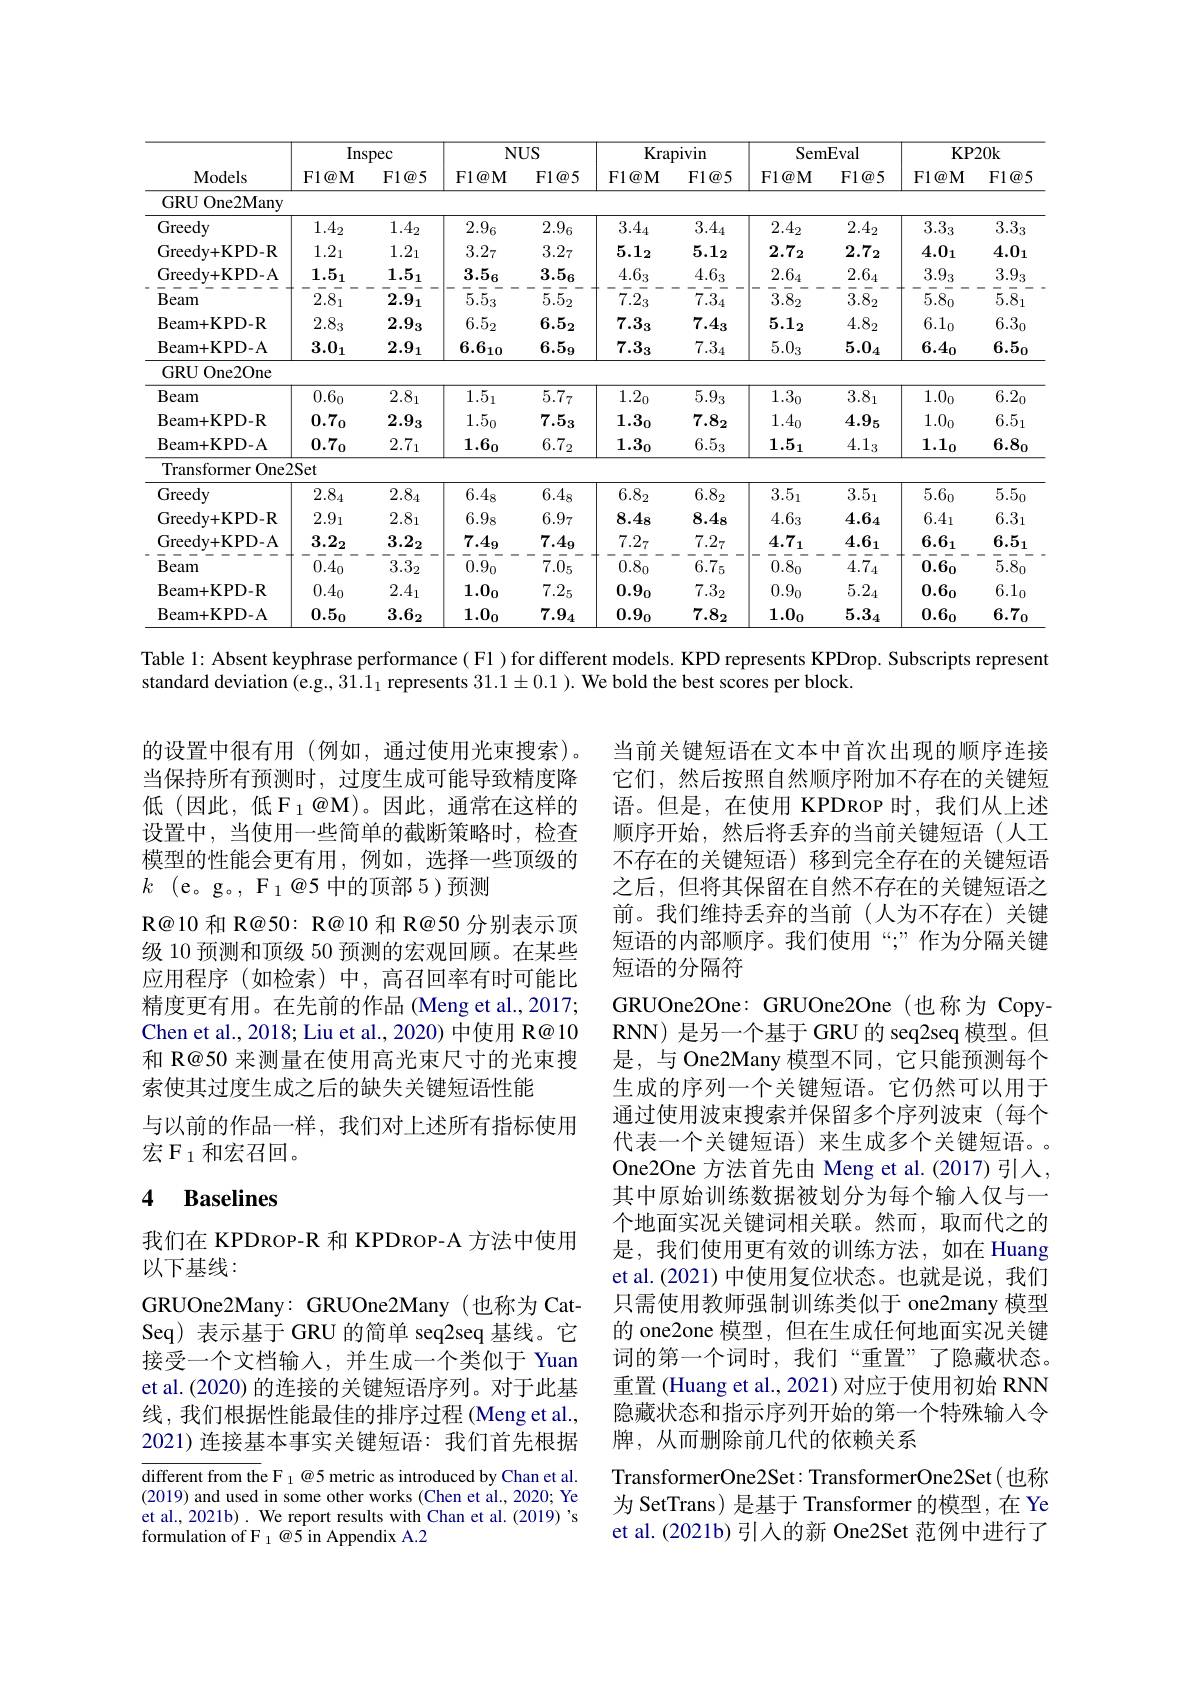
<table>
	<tbody>
		<tr>
			<th rowspan="2">Models</th>
			<th colspan="2">Inspec</th>
			<th colspan="2">$NUS$</th>
			<th colspan="2">Krapivin</th>
			<th colspan="2">SemEval</th>
			<th colspan="2">KP20k</th>
		</tr>
		<tr>
			<th>$\mathbf{F} 1\textcircled {a}\mathbf{M}$</th>
			<th>$F1@5$</th>
			<th>F1@ M</th>
			<th>$F1@5$</th>
			<th>${\mathrm{F1@M}}$</th>
			<th>$F1@5$</th>
			<th>F1@ M</th>
			<th>$F1@5$</th>
			<th>F1@ M</th>
			<th>$F1@5$</th>
		</tr>
		<tr>
			<td>GRU One2Many</td>
			<td> </td>
			<td> </td>
			<td> </td>
			<td> </td>
			<td> </td>
			<td> </td>
			<td> </td>
			<td> </td>
			<td> </td>
			<td> </td>
		</tr>
		<tr>
			<td>Greedy</td>
			<td>$1.4_2$</td>
			<td>$1.4_2$</td>
			<td>$2.9_6$</td>
			<td>$2.9_6$</td>
			<td>$3.4_4$</td>
			<td>$3.4_4$</td>
			<td>$2.4_2$</td>
			<td>$2.4_2$</td>
			<td>$3.3_3$</td>
			<td>$3.3_3$</td>
		</tr>
		<tr>
			<td>Greedv+ KPD- R</td>
			<td>$1.2_1$</td>
			<td>$1.2_1$</td>
			<td>$3.2_7$</td>
			<td>$3.2_7$</td>
			<td>$5.1_2$</td>
			<td>$5.1_2$</td>
			<td>$2.7_2$</td>
			<td>$2.7_2$</td>
			<td>$4.0_1$</td>
			<td>$4.0_1$</td>
		</tr>
		<tr>
			<td>Greedy+ KPD- A</td>
			<td>$1.5_1$</td>
			<td>$1.5_1$</td>
			<td>$3.5_6$</td>
			<td>$3.5_6$</td>
			<td>$4.6_3$</td>
			<td>$4.6_3$</td>
			<td>$2.6_4$</td>
			<td>$2.6_4$</td>
			<td>$3.9_3$</td>
			<td>$3.9_3$</td>
		</tr>
		<tr>
			<td>Beam</td>
			<td>$2.8_1$</td>
			<td>2.9 1</td>
			<td>$\overline{5}.\overline{5}_{3}$</td>
			<td>$5.5_2$</td>
			<td>$7.2_3$</td>
			<td>$7.3_4$</td>
			<td>$3.8_2$</td>
			<td>$3.8_2$</td>
			<td>$5.8_0$</td>
			<td>$5.8_1$</td>
		</tr>
		<tr>
			<td>Beam+ KPD- R</td>
			<td>$2.8_3$</td>
			<td>$2.9_3$</td>
			<td>$6.5_2$</td>
			<td>$6.5_2$</td>
			<td>$7.3_3$</td>
			<td>$7.4_3$</td>
			<td>$5.1_2$</td>
			<td>$4.8_2$</td>
			<td>$6.1_0$</td>
			<td>$6.3_0$</td>
		</tr>
		<tr>
			<td>Beam+ KPD- A</td>
			<td>$3.0_1$</td>
			<td>2.9 1</td>
			<td>$6.6_{10}$</td>
			<td>$6.5_9$</td>
			<td>$7.3_3$</td>
			<td>$7.3_4$</td>
			<td>$5.0_3$</td>
			<td>$5.0_4$</td>
			<td>$6.4_0$</td>
			<td>$6.5_0$</td>
		</tr>
		<tr>
			<td>GRU One2One</td>
			<td> </td>
			<td> </td>
			<td> </td>
			<td> </td>
			<td> </td>
			<td> </td>
			<td> </td>
			<td> </td>
			<td> </td>
			<td> </td>
		</tr>
		<tr>
			<td>Beam</td>
			<td>$0.6_0$</td>
			<td>$2.8_1$</td>
			<td>$1.5_1$</td>
			<td>$5.7_7$</td>
			<td>$\overline{1.2_0}$</td>
			<td>$5.9_3$</td>
			<td>$1.3_0$</td>
			<td>$3.8_1$</td>
			<td>$1.0_0$</td>
			<td>$\overline{6.2_0}$</td>
		</tr>
		<tr>
			<td>Beam+ KPD- R</td>
			<td>$0.7_0$</td>
			<td>$2.9_3$</td>
			<td>$1.5_0$</td>
			<td>$7.5_3$</td>
			<td>$1.3_0$</td>
			<td>$7.8_2$</td>
			<td>$1.4_0$</td>
			<td>$4.9_5$</td>
			<td>$1.0_0$</td>
			<td>$6.5_1$</td>
		</tr>
		<tr>
			<td>Beam+ KPD- A</td>
			<td>$0.7_0$</td>
			<td>$2.7_1$</td>
			<td>$1.6_0$</td>
			<td>$6.7_2$</td>
			<td>$1.3_0$</td>
			<td>$6.5_3$</td>
			<td>$1.5_1$</td>
			<td>$4.1_3$</td>
			<td>$1.1_0$</td>
			<td>$6.8_0$</td>
		</tr>
		<tr>
			<td>Transformer $One_{2}$</td>
			<td>$2Set$</td>
			<td> </td>
			<td> </td>
			<td> </td>
			<td> </td>
			<td> </td>
			<td> </td>
			<td> </td>
			<td> </td>
			<td> </td>
		</tr>
		<tr>
			<td>Greedy</td>
			<td>$2.8_4$</td>
			<td>$2.8_4$</td>
			<td>$6.4_8$</td>
			<td>$6.4_8$</td>
			<td>$6.8_{2}$</td>
			<td>$6.8_2$</td>
			<td>$3.5_1$</td>
			<td>$3.5_1$</td>
			<td>$5.6_0$</td>
			<td>$5.5_0$</td>
		</tr>
		<tr>
			<td>Greedv+ KPD- R</td>
			<td>$2.9_1$</td>
			<td>$2.8_1$</td>
			<td>$6.9_8$</td>
			<td>$6.9_7$</td>
			<td>$8.4_8$</td>
			<td>$8.4_8$</td>
			<td>4.63</td>
			<td>$4.6_4$</td>
			<td>$6.4_1$</td>
			<td>$6.3_1$</td>
		</tr>
		<tr>
			<td>Greedy+ KPD- A</td>
			<td>$3.2_2$</td>
			<td>$3.2_2$</td>
			<td>$7.4_9$</td>
			<td>$7.4_9$</td>
			<td>$7.2_7$</td>
			<td>$7.2_7$</td>
			<td>$4.7_1$ 1</td>
			<td>$4.6_1$</td>
			<td>$6.6_1$</td>
			<td>$6.5_1$</td>
		</tr>
		<tr>
			<td>Beam</td>
			<td>$0.4_0$</td>
			<td>$3.3_2$</td>
			<td>$0.9_0$</td>
			<td>7.05</td>
			<td>$0.8_0$</td>
			<td>6.75</td>
			<td>$0.8_0$</td>
			<td>$\overline{4}.\overline{7}_{4}$</td>
			<td>$0.6_0$</td>
			<td>$5.8_0$</td>
		</tr>
		<tr>
			<td>Beam+ KPD- R</td>
			<td>$0.4_0$</td>
			<td>$2.4_1$</td>
			<td>$1.0_0$</td>
			<td>$7.2_5$</td>
			<td>$0.9_0$</td>
			<td>$7.3_2$</td>
			<td>$0.9_0$</td>
			<td>$5.2_4$</td>
			<td>$0.6_0$</td>
			<td>$6.1_0$</td>
		</tr>
		<tr>
			<td>Beam+ KPD- A</td>
			<td>$0.5_0$</td>
			<td>$3.6_2$</td>
			<td>$1.0_0$</td>
			<td>$7.9_4$</td>
			<td>$0.9_0$</td>
			<td>$7.8_2$</td>
			<td>$1.0_0$</td>
			<td>$5.3_4$</td>
			<td>$0.6_0$</td>
			<td>$6.7_0$</td>
		</tr>
	</tbody>
</table>

Table 1: Absent keyphrase performance( Fl ) for different models. KPD represents KPDrop. Subscripts represent

standard deviation (e.g., 31.1$_1$ represents $31.1\pm0.1$ ). We bold the best scores per block.

的设置中很有用(例如，通过使用光束搜索)。当保持所有预测时，过度生成可能导致精度降低(因此，低F_1@M)。因此，通常在这样的设置中，当使用一些简单的截断策略时，检查模型的性能会更有用，例如，选择一些顶级的$k$ (e。g。, F$_1\textit{@ 5中 的 顶 部 5) 预 测 }$
R@10 和 R@50: R@10 和 R@50 分别表示顶级 10 预测和顶级 50 预测的宏观回顾。在某些应用程序 (如检索)中，高召回率有时可能比精度更有用。在先前的作品 (Meng et al.,2017; Chen et al., 2018; Liu et al., 2020) 中使用 R@ 10和 R@50 来测量在使用高光束尺寸的光束搜索使其过度生成之后的缺失关键短语性能
与以前的作品一样，我们对上述所有指标使用
宏 F $_1$和宏召回。

当前关键短语在文本中首次出现的顺序连接它们，然后按照自然顺序附加不存在的关键短语。但是，在使用 KPDROP 时，我们从上述顺序开始，然后将丢弃的当前关键短语(人工不存在的关键短语)移到完全存在的关键短语之后，但将其保留在自然不存在的关键短语之前。我们维持丢弃的当前(人为不存在)关键短语的内部顺序。我们使用“”作为分隔关键短语的分隔符
GRUOne2One: GRUOne2One(也称为 CopyRNN) 是另一个基于 GRU 的 seq2seq 模型。但是，与 One2Many 模型不同，它只能预测每个生成的序列一个关键短语。它仍然可以用于通过使用波束搜索并保留多个序列波束(每个代表一个关键短语)来生成多个关键短语。One2One 方法首先由 Meng et al.(2017)引入， 其中原始训练数据被划分为每个输入仅与一个地面实况关键词相关联。然而，取而代之的是，我们使用更有效的训练方法，如在 Huang et al.(2021) 中使用复位状态。也就是说，我们只需使用教师强制训练类似于 one2many 模型的 one2one 模型，但在生成任何地面实况关键词的第一个词时，我们“重置”了隐藏状态。重置 (Huang et al., 2021) 对应于使用初始 RNN 隐藏状态和指示序列开始的第一个特殊输入令牌，从而删除前几代的依赖关系
TransformerOne2Set: TransformerOne2Set( 也称为 SetTrans) 是基于 Transformer 的模型，在 Ye et al. (2021b) 引入的新 One2Set 范例中进行了

## 4 Baselines

我们在 KPDROP-R 和 KPDROP-A 方法中使用
以下基线：
GRUOne2Many: GRUOne2Many(也称为 CatSeq) 表示基于 GRU 的简单 seq2seq 基线。它接受一个文档输人，并生成一个类似于 Yuan et al. (2020) 的连接的关键短语序列。对于此基线，我们根据性能最佳的排序过程(Meng et al., 2021)连接基本事实关键短语：我们首先根据

different from the F 1@5 metric as introduced by Chan et al. (2019) and used in some other works (Chen et al., 2020; Ye et al., 2021b) . We report results with Chan et al. (2019)'s formulation of F $_1@5$ in Appendix A.2